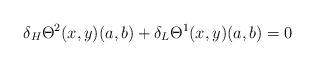
LaTeX: \begin{align*}\delta_H\Theta^2(x,y)(a,b)+\delta_L\Theta^1(x,y)(a,b)=0\end{align*}